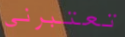
تعتبرني